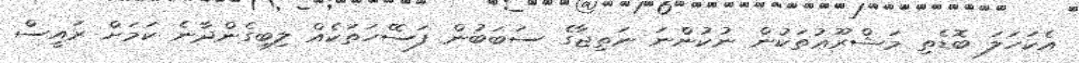
އެކަހަލަ ބޮޑެތި މަޝްރޫޢުތަކުން ނުކުންނަ ނަތިޖާގެ ސަބަބުން ފަސޭހަތަކެއް ލިބިގެންދާނެ ކަމަށް ރައީސް